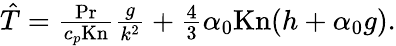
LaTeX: \begin{array}{r}{\hat{T}=\frac{\mathrm{Pr}}{c_{p}\mathrm{Kn}}\frac{g}{k^{2}}+\frac{4}{3}\alpha_{0}\mathrm{Kn}(h+\alpha_{0}g).}\end{array}